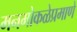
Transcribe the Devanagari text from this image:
मनमोकळेप्रमाणे